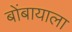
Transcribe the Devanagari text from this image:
बोंबायाला